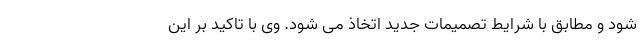
شود و مطابق با شرایط تصمیمات جدید اتخاذ می شود. وی با تاکید بر این